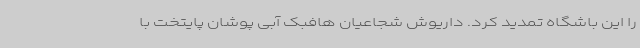
را این باشگاه تمدید کرد. داریوش شجاعیان هافبک آبی پوشان پایتخت با